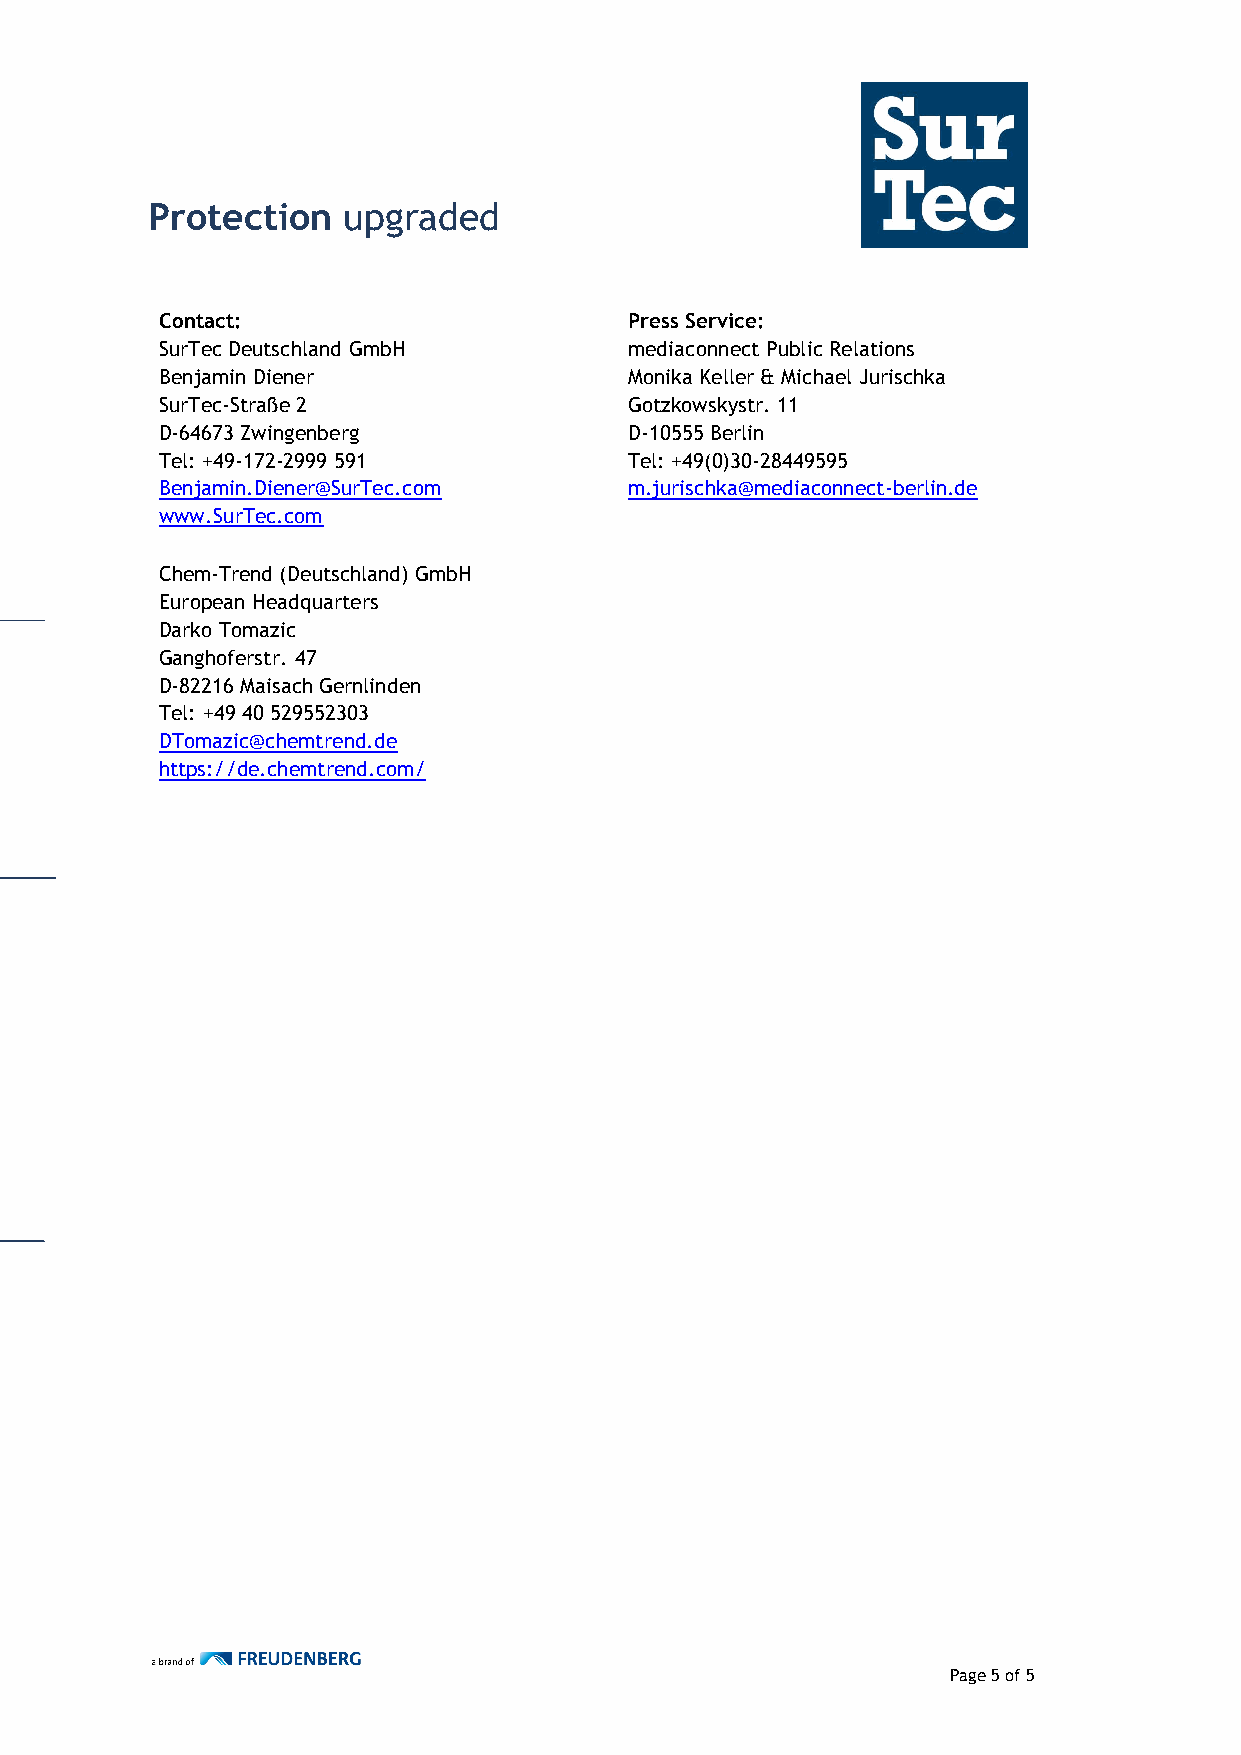
Protection   upgraded
 Contact:                       Press Service:
 SurTec Deutschland GmbH        mediaconnect Public Relations
 Benjamin Diener                Monika Keller & Michael Jurischka
 SurTec-Straße 2                Gotzkowskystr. 11
 D-64673 Zwingenberg            D-10555 Berlin
 Tel: +49-172-2999 591          Tel: +49(0)30-28449595
 Benjamin.Diener@SurTec.com     m.jurischka@mediaconnect-berlin.de
 www.SurTec.com
 Chem-Trend (Deutschland) GmbH
 European Headquarters
 Darko Tomazic
 Ganghoferstr. 47
 D-82216 Maisach Gernlinden
 Tel: +49 40 529552303
 DTomazic@chemtrend.de
 https://de.chemtrend.com/
 Page 5 of 5